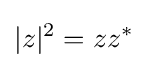
|z|^{2}=zz^{*}